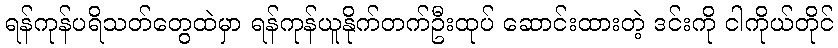
ရန်ကုန်ပရိသတ်တွေထဲမှာ ရန်ကုန်ယူနိုက်တက်ဦးထုပ် ဆောင်းထားတဲ့ ဒင်းကို ငါကိုယ်တိုင်